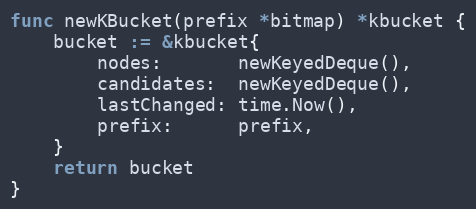
Language: Go
func newKBucket(prefix *bitmap) *kbucket {
	bucket := &kbucket{
		nodes:       newKeyedDeque(),
		candidates:  newKeyedDeque(),
		lastChanged: time.Now(),
		prefix:      prefix,
	}
	return bucket
}